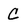
Character: C